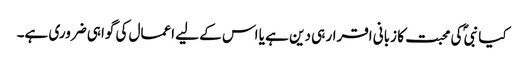
کیا نبیؐ کی محبت کا زبانی اقرار ہی دین ہے یا اس کے لیے اعمال کی گواہی ضروری ہے۔